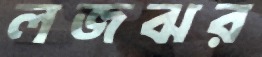
লজঝর